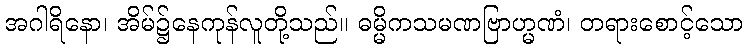
အဂါရိနော၊ အိမ်၌နေကုန်လူတို့သည်။ ဓမ္မိကသမဏဗြာဟ္မဏံ၊ တရားစောင့်သော